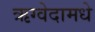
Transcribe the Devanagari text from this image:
ऋग्वेदामधे